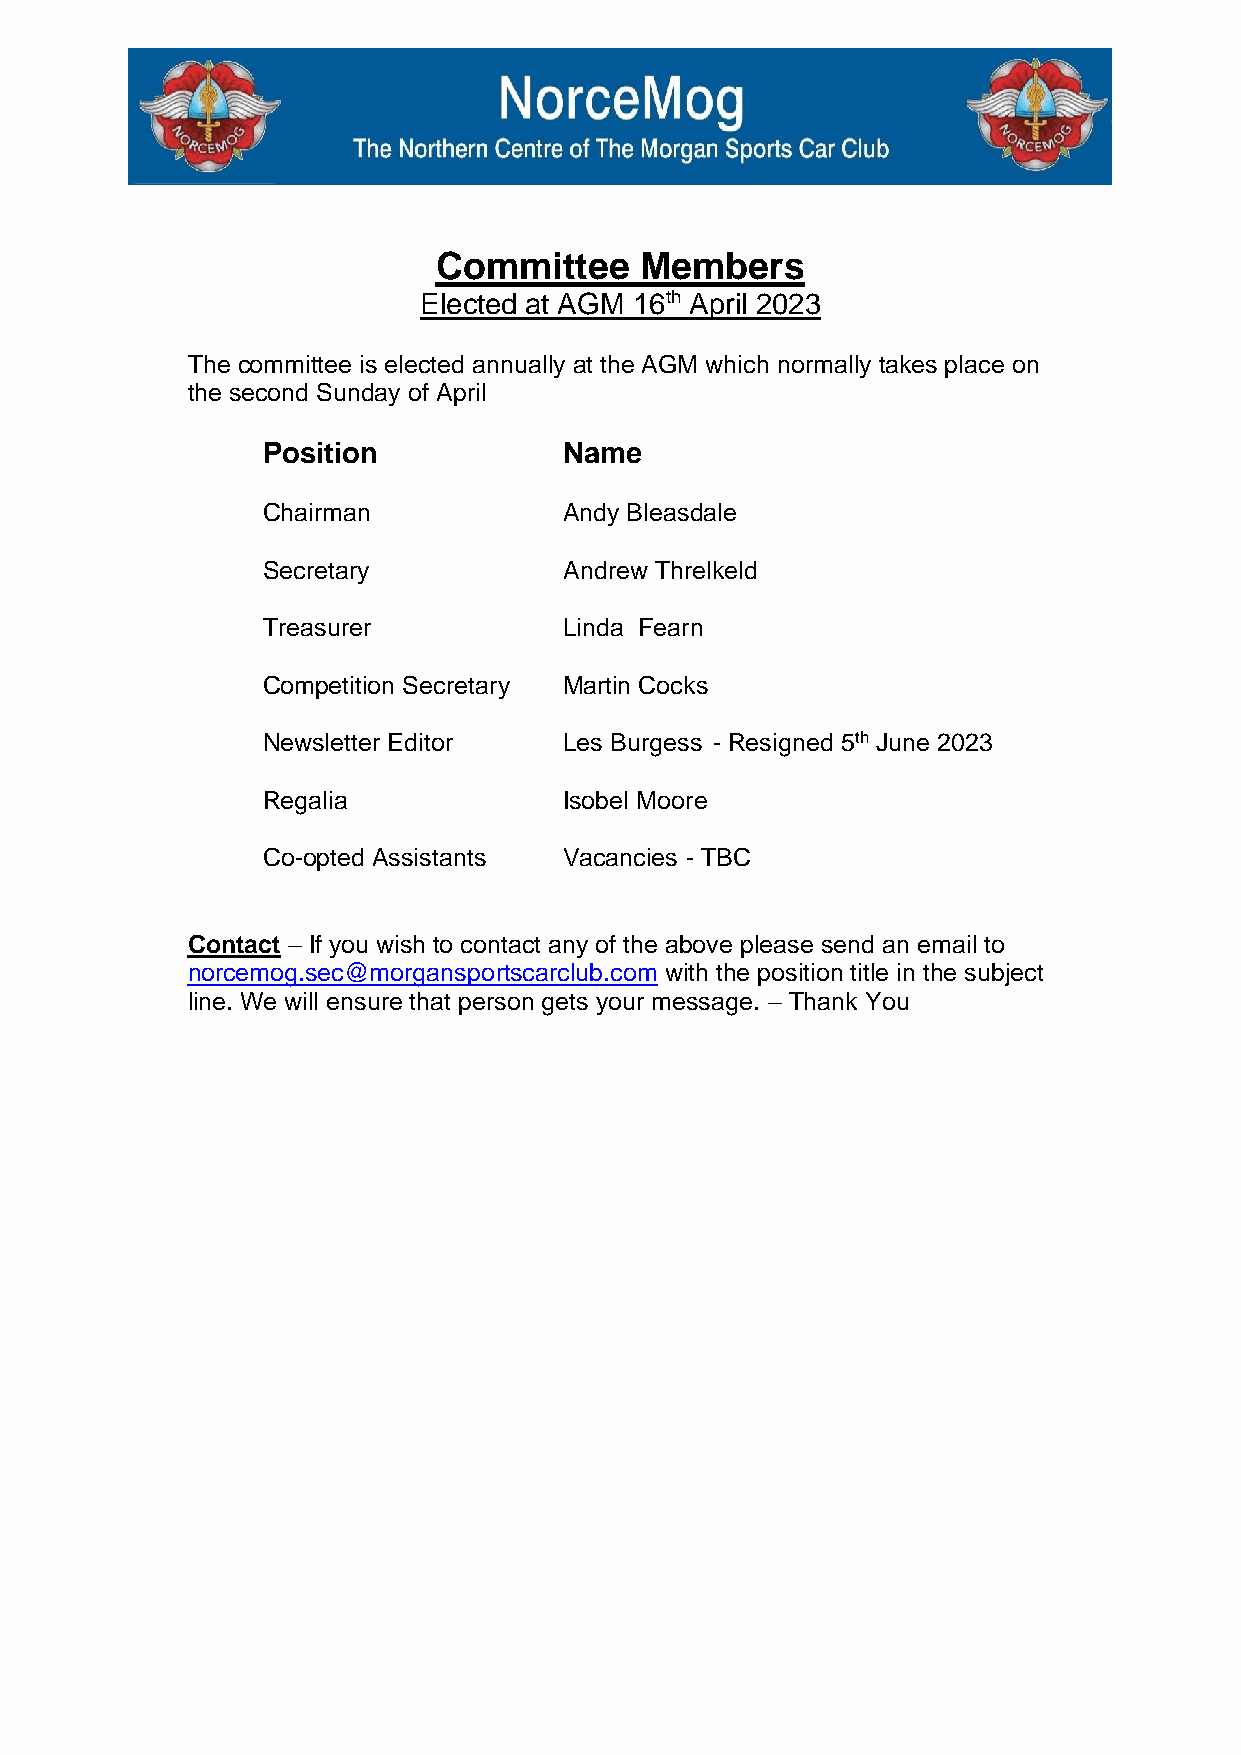
Committee    Members
 Elected at AGM 16th April 2023
 The committee is elected annually at the AGM which normally takes place on
 the second Sunday of April
 Position            Name
 Chairman            Andy Bleasdale
 Secretary           Andrew Threlkeld
 Treasurer           Linda Fearn
 Competition Secretary Martin Cocks
 Newsletter Editor   Les Burgess - Resigned 5th June 2023
 Regalia             Isobel Moore
 Co-opted Assistants Vacancies - TBC
 Contact – If you wish to contact any of the above please send an email to
 norcemog.sec@morgansportscarclub.com with the position title in the subject
 line. We will ensure that person gets your message. – Thank You